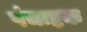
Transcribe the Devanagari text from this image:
पंचाष्टक